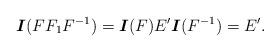
LaTeX: \begin{align*}\mbox{\boldmath$I$}(F F_1 F^{-1})=\mbox{\boldmath$I$}(F)E'\mbox{\boldmath$I$}(F^{-1})=E'.\end{align*}